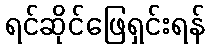
ရင်ဆိုင်ဖြေရှင်းရန်